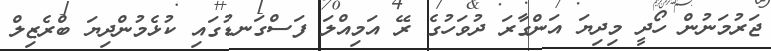
ޖަރުމަނުން ހޯދީ މިދިޔަ އަންގާރަ ދުވަހުގެ ރޭ އަމިއްލަ ފަސްގަނޑުގައި ކުޅެމުންދިޔަ ބްރެޒިލް